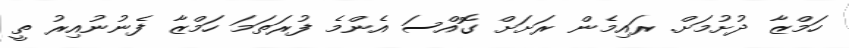
ހަމްޒާ ދުށުމަށް. ރައިމެން ރަށަށް ގޮއްސަ އެންމެ ފުރަތަމަ ހަމްޒާ ފެނުނުއިރު ތީ